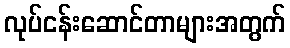
လုပ်ငန်းဆောင်တာများအတွက်